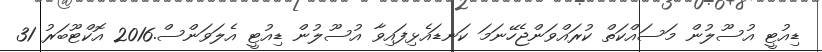
ޑިއުޓީ އުސޫލުން މަސައްކަތް ކުރައްވަންޖެހޭނަމަ ކަނޑައެޅިފައިވާ އުސޫލުން ޑިއުޓީ އެލަވަންސް.2016 އޮކްޓޫބަރު 31